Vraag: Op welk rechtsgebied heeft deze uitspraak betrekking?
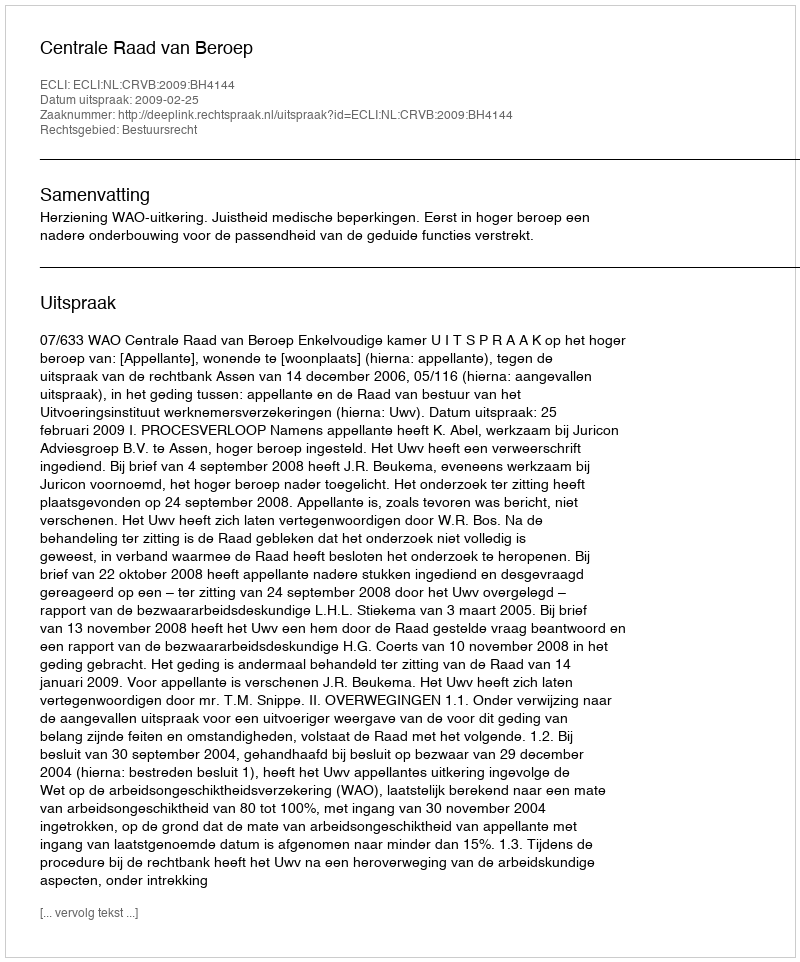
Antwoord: Bestuursrecht